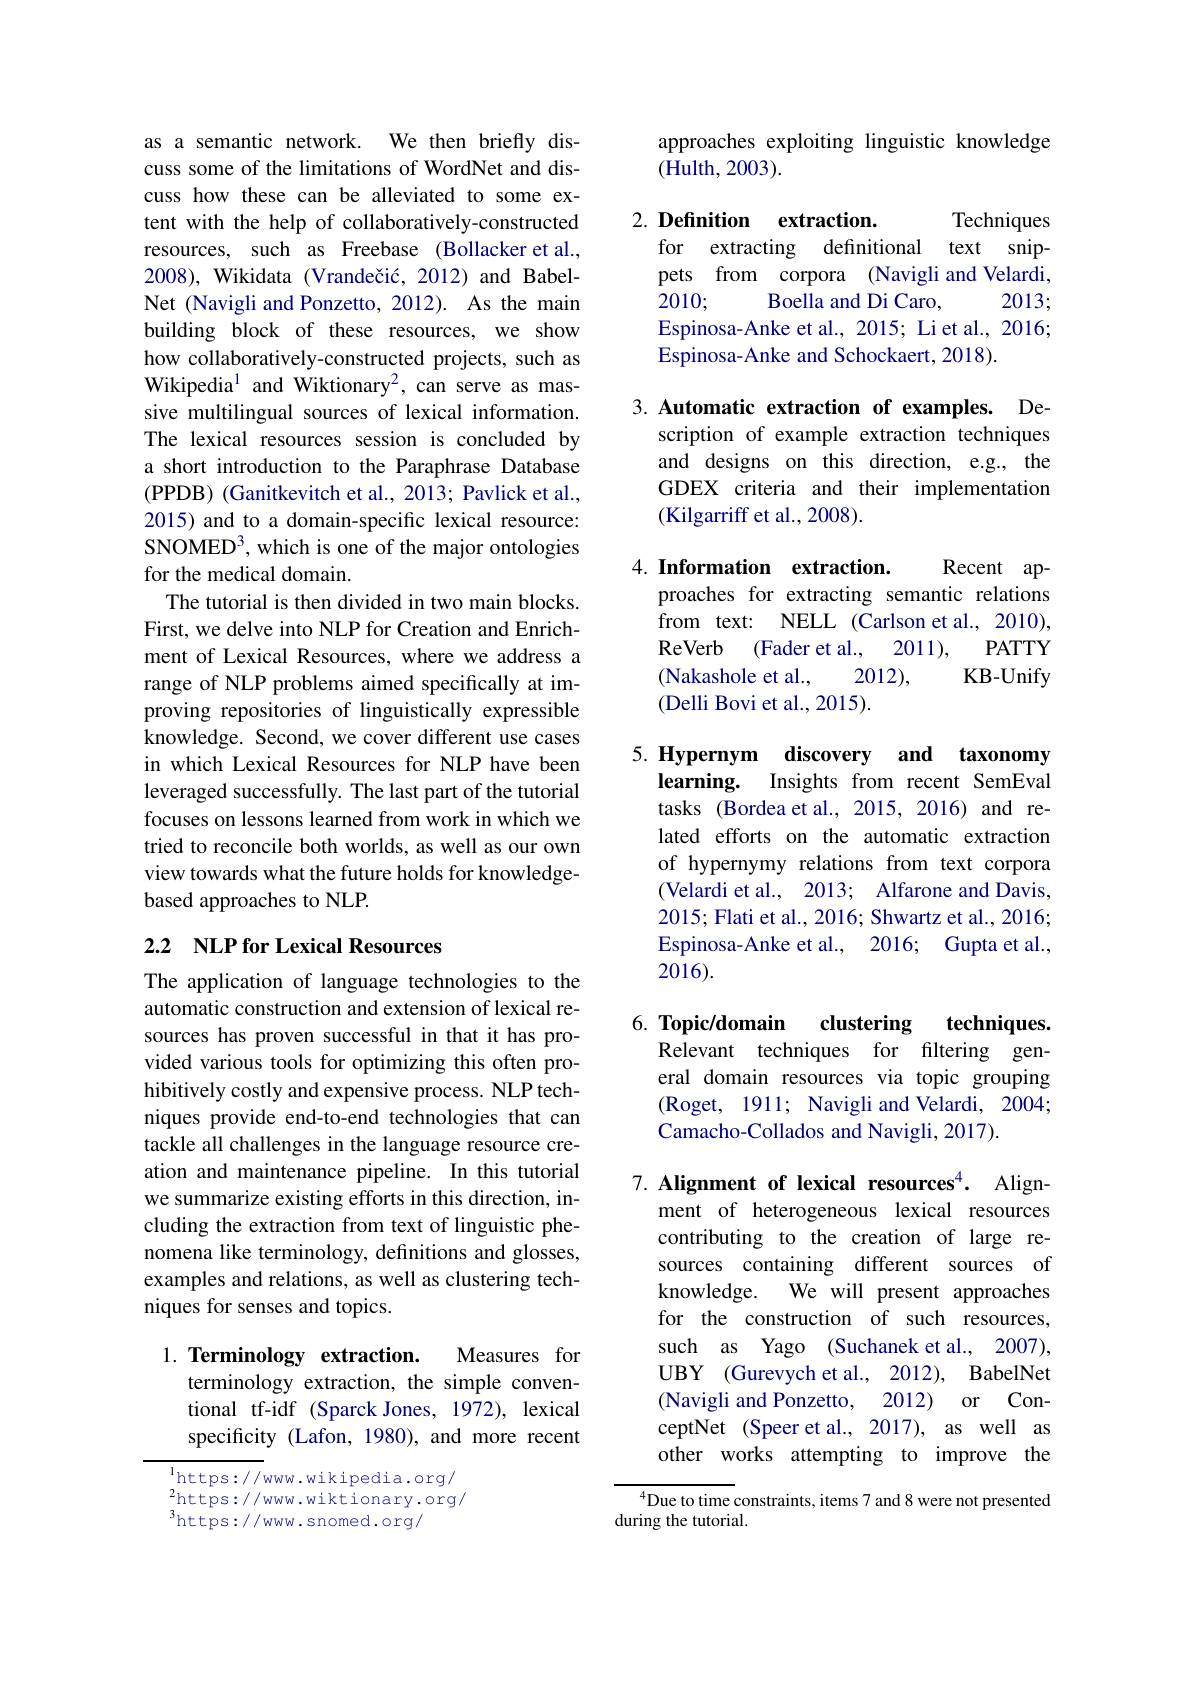
as a semantic network. We then briefly discuss some of the limitations of WordNet and discuss how these can be alleviated to some extent with the help of collaboratively-constructed resources, such as Freebase (Bollacker et al., 2008), Wikidata (Vrandečić, 2012) and BabelNet (Navigli and Ponzetto, 2012). As the main building block of these resources, we show how collaboratively-constructed projects, such as Wikipedia$^{1}$ and Wiktionary$^{2}$, can serve as massive multilingual sources of lexical information. The lexical resources session is concluded by a short introduction to the Paraphrase Database ( PPDB) ( Ganitkevitch et al. , 2013; Pavlick et al. , 2015) and to a domain-specific lexical resource: $SNOMED^3, which is one of the major ontologies$ for the medical domain.
The tutorial is then divided in two main blocks. First, we delve into NLP for Creation and Enrichment of Lexical Resources, where we address a range of NLP problems aimed specifically at improving repositories of linguistically expressible knowledge. Second, we cover different use cases in which Lexical Resources for NLP have been leveraged successfully. The last part of the tutorial focuses on lessons learned from work in which we tried to reconcile both worlds, as well as our own view towards what the future holds for knowledgebased approaches to NLP.

# 2.2 NLP for Lexical Resources

The application of language technologies to the automatic construction and extension of lexical resources has proven successful in that it has provided various tools for optimizing this often prohibitively costly and expensive process. NLP techniques provide end-to-end technologies that can tackle all challenges in the language resource creation and maintenance pipeline. In this tutorial we summarize existing efforts in this direction, including the extraction from text of linguistic phenomena like terminology, definitions and glosses, examples and relations, as well as clustering techniques for senses and topics.

1. Terminology extraction.

Measures for
terminology extraction, the simple conventional tf-idf (Sparck Jones, 1972), lexical specificity (Lafon, 1980), and more recent

$^{1}$https: / / www. wikipedia. org/ $_{3}^{2}$https://www.wiktionary.org/ $^{3}$https://www.snomed.org/

approaches exploiting linguistic knowledge
(Hulth, 2003).

2. Definition extraction.

Techniques
for extracting definitional text snippets from corpora (Navigli and Velardi,
$\hat{\text{Boella and Di Caro,}}$
2010;
2013;
Espinosa-Anke et al., 2015; Li et al., 2016;
Espinosa-Anke and Schockaert, 2018).

3. Automatic extraction of examples. De-
scription of example extraction techniques and designs on this direction, e.g., the GDEX criteria and their implementation (Kilgarriff et al., 2008).

4. Information extraction.

Recent ap-
proaches for extracting semantic relations from text: NELL (Carlson et al., 2010),
$PATTY$
ReVerb (Fader et al., 2011),
(Nakashole et al.,
2012),
KB-Unify
(Delli Bovi et al., 2015).

5. Hypernym discovery and taxonomy
learning. Insights from recent SemEval tasks (Bordea et al., 2015, 2016) and related efforts on the automatic extraction of hypernymy relations from text corpora (Velardi et al., 2013; Alfarone and Davis, 2015; Flati et al., 2016; Shwartz et al., 2016; Espinosa-Anke et al., 2016; Gupta et al., 2016).

6. Topic/domain
clustering techniques.
Relevant techniques for filtering general domain resources via topic grouping (Roget, 1911; Navigli and Velardi, 2004; Camacho-Collados and Navigli, 2017).

7. Alignment of lexical resources$^{4}.$ Align-
ment of heterogeneous lexical resources contributing to the creation of large resources containing different sources of knowledge.
We will present approaches
for the construction of such resources, such as Yago (Suchanek et al., 2007), UBY (Gurevych et al., 2012), BabelNet (Navigli and Ponzetto, 2012) or ConceptNet (Speer et al., 2017), as well as other works attempting to improve the

$^{4}$Due to time constraints, items 7 and 8 were not presented
during the tutorial.